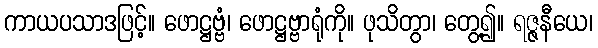
ကာယပသာဒဖြင့်။ ဖောဋ္ဌဗ္ဗံ၊ ဖောဋ္ဌဗ္ဗာရုံကို။ ဖုသိတွာ၊ တွေ့၍။ ရဇ္ဇနီယေ၊